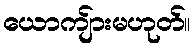
ယောကျ်ားမဟုတ်။